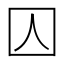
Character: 囚